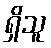
ရှိသူ